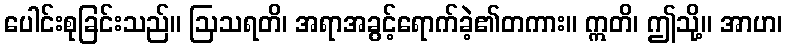
ပေါင်းစုခြင်းသည်။ ဩသရတိ၊ အရာအခွင့်ရောက်ခဲ့၏တကား။ ဣတိ၊ ဤသို့။ အာဟ၊